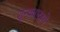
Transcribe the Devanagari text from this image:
शून्यवादाचे